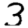
Digit: 3